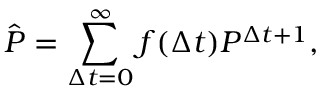
\hat { P } = \sum _ { \Delta t = 0 } ^ { \infty } f ( \Delta t ) P ^ { \Delta t + 1 } ,